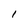
Character: l